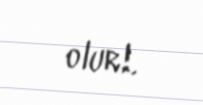
olur!.